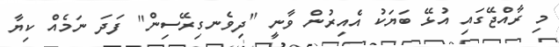
މި ރާއްޖޭގައި އުޅޭ ބަޔަކު އެއިރުން ވާނީ "ދިވެނގިރޭސިން" ފަދަ ނަމެއް ކިޔާ